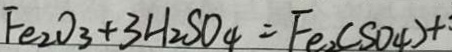
F e _ { 2 } O _ { 3 } + 3 H _ { 2 } S O _ { 4 } = F e _ { 2 } ( S O _ { 4 } ) +